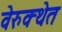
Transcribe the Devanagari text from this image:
वेरुक्थेत